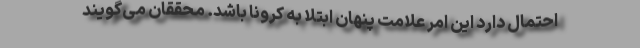
احتمال دارد این امر علامت پنهان ابتلا به کرونا باشد. محققان می‌گویند